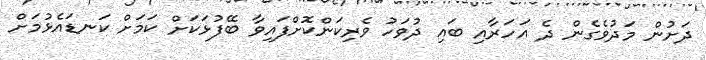
ދަށުން މަދުވެގެން ދެ އަހަރާއި ބައި ދުވަހު ވެރިކަންކޮށްފައިވާ ބޭފުޅަކަށް ކަމަށް ކަނޑައެޅުމަށް